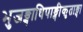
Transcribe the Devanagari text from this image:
भुजङ्गाधिपाङ्गीकृताङ्गा